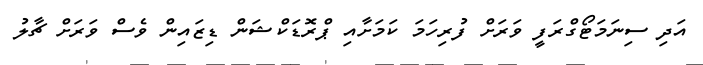
އަދި ސިނަމަޓޯގްރަފީ ވަރަށް ފުރިހަމަ ކަމަށާއި ޕްރޮޑަކްޝަން ޑިޒައިން ވެސް ވަރަށް ޗާލު